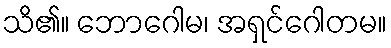
သိ၏။ ဘောဂေါမ၊ အရှင်ဂေါတမ။